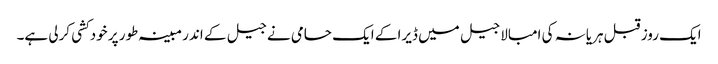
ایک روز قبل ہریانہ کی امبالا جیل میں ڈیرا کے ایک حامی نے جیل کے اندر مبینہ طور پر خودکشی کرلی ہے۔